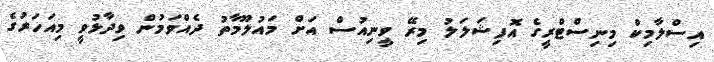
އިސްލާމިކް މިނިސްޓްރީގެ އޮފިޝަލަލު މިރޭ ވީނިއުސް އަށް މައުލޫމާތު ދެއްވަމުން ވިދާޅުވީ މިއަހަރުގެ